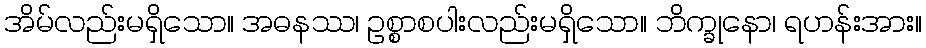
အိမ်လည်းမရှိသော။ အဓနဿ၊ ဥစ္စာစပါးလည်းမရှိသော။ ဘိက္ခုနော၊ ရဟန်းအား။